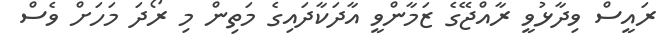
ރައީސް ވިދާޅުވީ ރާއްޖޭގެ ޒަމާންވީ އާދަކާދައިގެ މަތިން މި ރޯދަ މަހަށް ވެސް